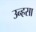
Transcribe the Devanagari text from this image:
उन्हसा